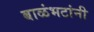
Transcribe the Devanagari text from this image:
बाळंभटांनी